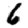
Digit: 6